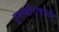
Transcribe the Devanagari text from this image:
तुबाजीरावांनी